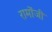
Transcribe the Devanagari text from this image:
रामोंजी